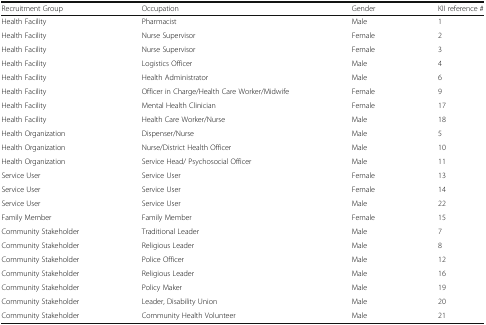
<table><thead><tr><td><b>Recruitment Group</b></td><td><b>Occupation</b></td><td><b>Gender</b></td><td><b>KII reference #</b></td></tr></thead><tbody><tr><td>Health Facility</td><td>Pharmacist</td><td>Male</td><td>1</td></tr><tr><td>Health Facility</td><td>Nurse Supervisor</td><td>Female</td><td>2</td></tr><tr><td>Health Facility</td><td>Nurse Supervisor</td><td>Female</td><td>3</td></tr><tr><td>Health Facility</td><td>Logistics Officer</td><td>Male</td><td>4</td></tr><tr><td>Health Facility</td><td>Health Administrator</td><td>Male</td><td>6</td></tr><tr><td>Health Facility</td><td>Officer in Charge/Health Care Worker/Midwife</td><td>Female</td><td>9</td></tr><tr><td>Health Facility</td><td>Mental Health Clinician</td><td>Female</td><td>17</td></tr><tr><td>Health Facility</td><td>Health Care Worker/Nurse</td><td>Male</td><td>18</td></tr><tr><td>Health Organization</td><td>Dispenser/Nurse</td><td>Male</td><td>5</td></tr><tr><td>Health Organization</td><td>Nurse/District Health Officer</td><td>Male</td><td>10</td></tr><tr><td>Health Organization</td><td>Service Head/ Psychosocial Officer</td><td>Male</td><td>11</td></tr><tr><td>Service User</td><td>Service User</td><td>Female</td><td>13</td></tr><tr><td>Service User</td><td>Service User</td><td>Female</td><td>14</td></tr><tr><td>Service User</td><td>Service User</td><td>Male</td><td>22</td></tr><tr><td>Family Member</td><td>Family Member</td><td>Female</td><td>15</td></tr><tr><td>Community Stakeholder</td><td>Traditional Leader</td><td>Male</td><td>7</td></tr><tr><td>Community Stakeholder</td><td>Religious Leader</td><td>Male</td><td>8</td></tr><tr><td>Community Stakeholder</td><td>Police Officer</td><td>Male</td><td>12</td></tr><tr><td>Community Stakeholder</td><td>Religious Leader</td><td>Male</td><td>16</td></tr><tr><td>Community Stakeholder</td><td>Policy Maker</td><td>Male</td><td>19</td></tr><tr><td>Community Stakeholder</td><td>Leader, Disability Union</td><td>Male</td><td>20</td></tr><tr><td>Community Stakeholder</td><td>Community Health Volunteer</td><td>Male</td><td>21</td></tr></tbody></table>